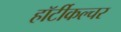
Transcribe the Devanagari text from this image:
हॉर्टीकल्चर